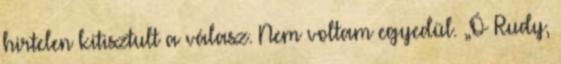
hirtelen kitisztult a válasz. Nem voltam egyedül. „Ó Rudy,